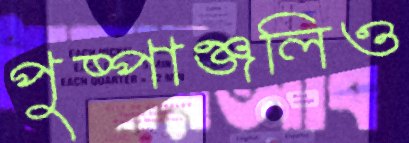
পুষ্পাঞ্জলিও